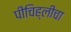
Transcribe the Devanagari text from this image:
पीचिह्लीचा